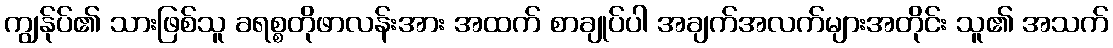
ကျွန်ုပ်၏ သားဖြစ်သူ ခရစ္စတိုဖာလန်းအား အထက် စာချုပ်ပါ အချက်အလက်များအတိုင်း သူ၏ အသက်